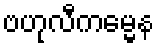
ဗဟုလီကမ္မေန